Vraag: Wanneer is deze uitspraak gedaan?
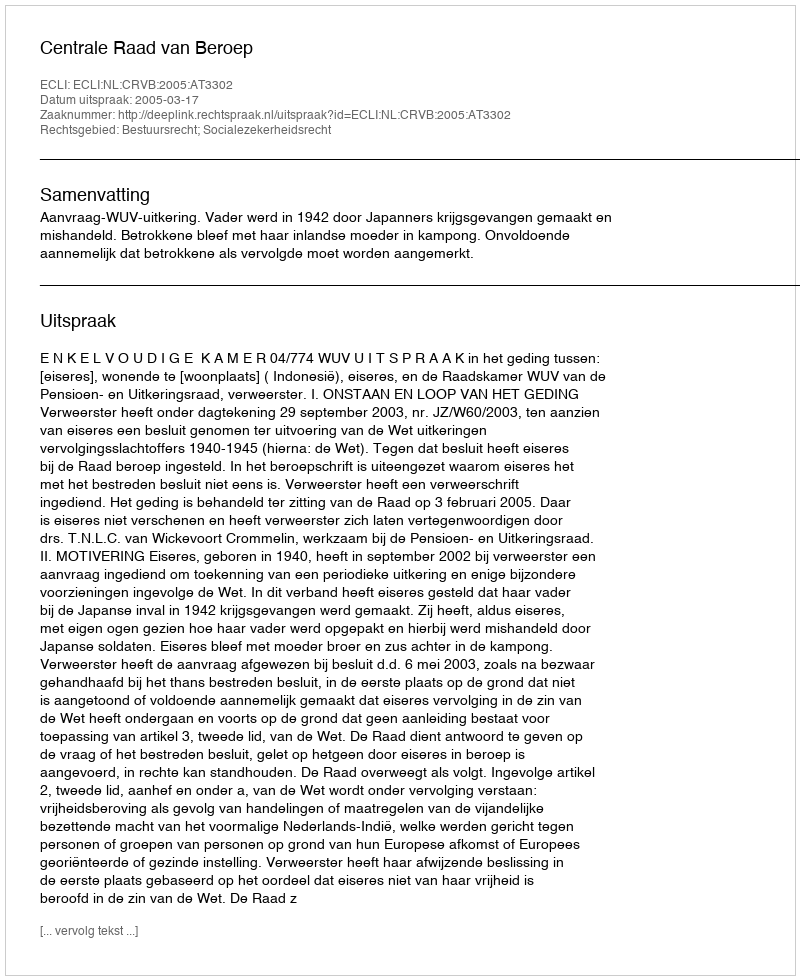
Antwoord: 2005-03-17